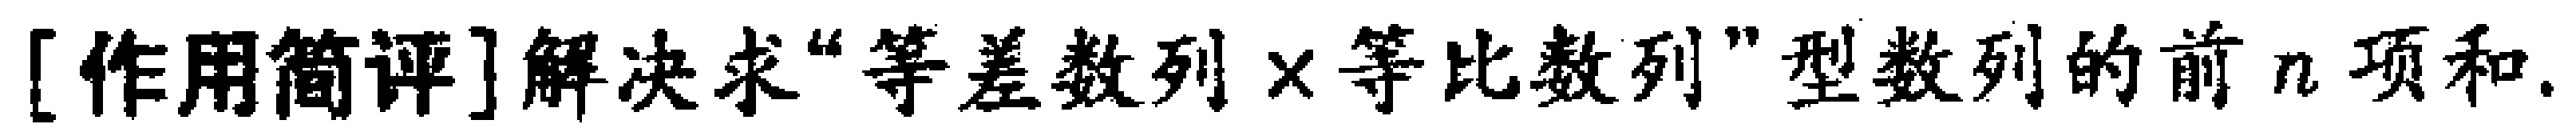
[作用简评]解决求“等差数列×等比数列”型数列的前\(n\)项和.